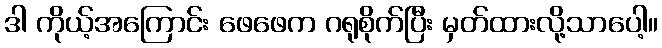
ဒါ ကိုယ့်အကြောင်း ဖေဖေက ဂရုစိုက်ပြီး မှတ်ထားလို့သာပေါ့။